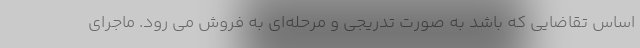
اساس تقاضایی که باشد به صورت تدریجی و مرحله‌ای به فروش می رود. ماجرای